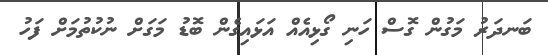
ބަނދަރު މަގުން ގޮސް ހަނި ގޯޅިއެއް އަޅައިގެން ބޮޑު މަގަށް ނުކުތުމަށް ފަހު